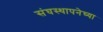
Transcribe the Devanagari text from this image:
संघस्थापनेच्या